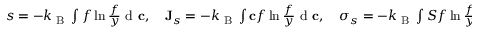
\begin{array} { r } { s = - k _ { \textrm { B } } \int f \ln \frac { f } { y } \textrm { d } \mathbf c , \quad \mathbf J _ { s } = - k _ { \textrm { B } } \int \mathbf c f \ln \frac { f } { y } \textrm { d } \mathbf c , \quad \sigma _ { s } = - k _ { \textrm { B } } \int S f \ln \frac { f } { y } \textrm { d } \mathbf c . } \end{array}